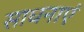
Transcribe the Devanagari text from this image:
साधनाएं